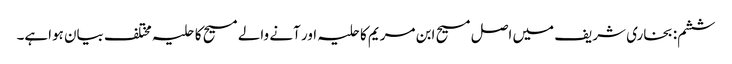
ششم: بخاری شریف میں اصل مسیح ابن مریم کاحلیہ اور آنے والے مسیح کا حلیہ مختلف بیان ہواہے۔